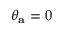
\theta _ { \mathbf { a } } = 0